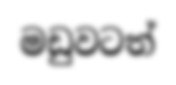
මඩුවටත්